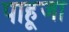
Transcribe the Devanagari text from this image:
पाहूजा